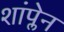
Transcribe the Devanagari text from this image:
शांप्लेन